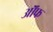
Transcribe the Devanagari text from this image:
ऑॅफ